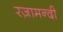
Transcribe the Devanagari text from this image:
रज़ामन्दी